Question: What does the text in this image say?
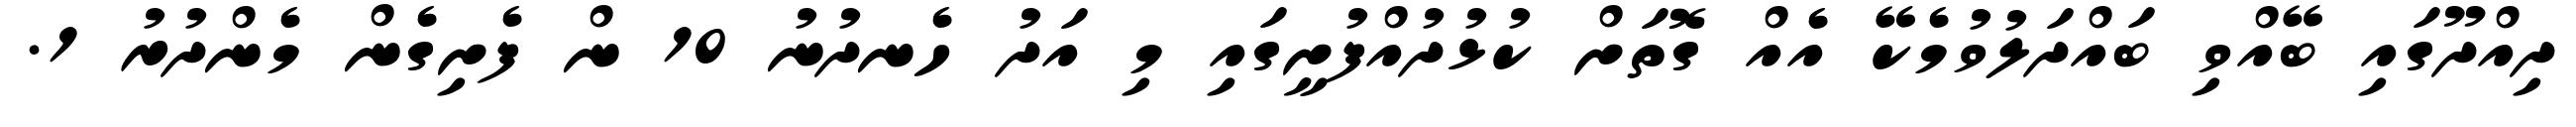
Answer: ދިއްދޫގައި ބޭއްވި ބައްދަލުވުމެކޭ އެއް ގޮތަށް ކުޅުދުއްފުށީގައި މި އަދު ހެނދުނު 10 ން ފެށިގެން މެންދުރު 1.